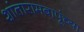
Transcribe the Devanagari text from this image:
शांतारामबापूंच्या